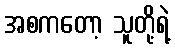
အစကတော့ သူတို့ရဲ့